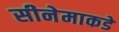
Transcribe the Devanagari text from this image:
सीनेमाकडे